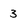
Character: 3